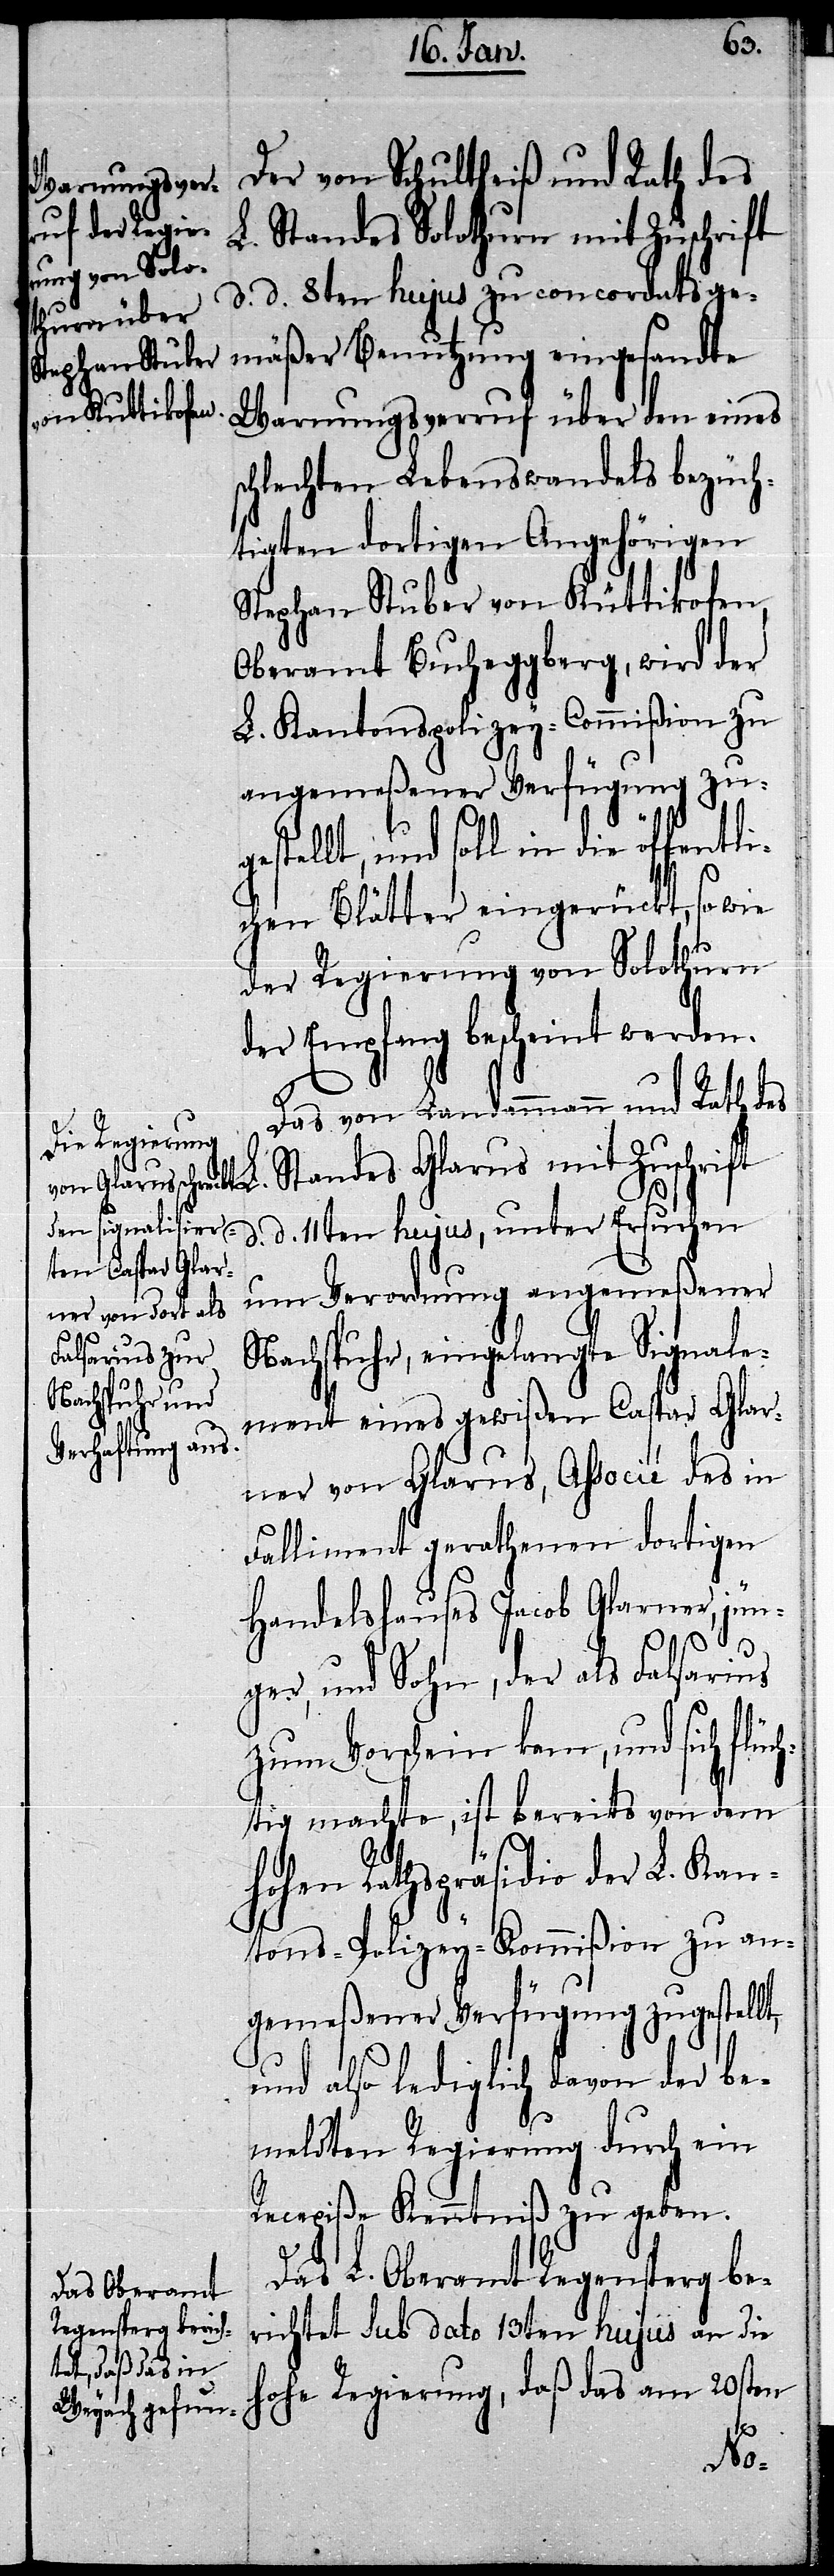
Der von Schultheiß und Rath des
Warnungsver¬
L. Standes Solothurn mit Zuschrift
d. d. 8ten hujus zu concordatsge¬
mäßer Benutzung eingesandte
schlechten Lebenswandels bezüch¬
tigten dortigen Angehörigen
Stephan Stuber von Küttikofen,
Oberamt Bucheggberg, wird der
L. Kantonspolizey-Commißion zu
angemeßener Verfügung zu¬
tellt, und soll in die öffentl¬
ichen Blätter eingerückt, so wie
der Regierung von Solothurn
der Empfang bescheint werden.
L.
Das von Landammann und Rath des
den eines
Standes Glarus mit Zuschrift
d. d. 11ten hujus, unter Ersuchen
um Verordnung angemeßener
Nachspuhr, eingelangte Signale¬
ment eines gewißen Caspar Glar¬
ner von Glarus, Associé des in
Falliment gerathenen dortigen
Handelshauses Jacob Glarner, jün¬
ger, und Sohn, der als Falsarius
zum Vorschein kam, und sich flüc¬
htig machte, ist bereits von dem
hohen Rathspräsidio der L. Kan¬
tons-Polizey-Kommißion zu an¬
gemeßener Verfügung zugestellt,
und also lediglich davon der be¬
meldten Regierung durch ein
Recepiße Kenntniß zu geben.
Das L. Oberamt Regensperg be¬
richtet sub dato 13ten hujus an die
hohe Regierung, daß das am 20sten
ges¬